Report on sanitation, dispensaries, and jails in Rajputana for 1918, and on vaccination for the year 1918-1919 - 1918-1919
Year: 1918
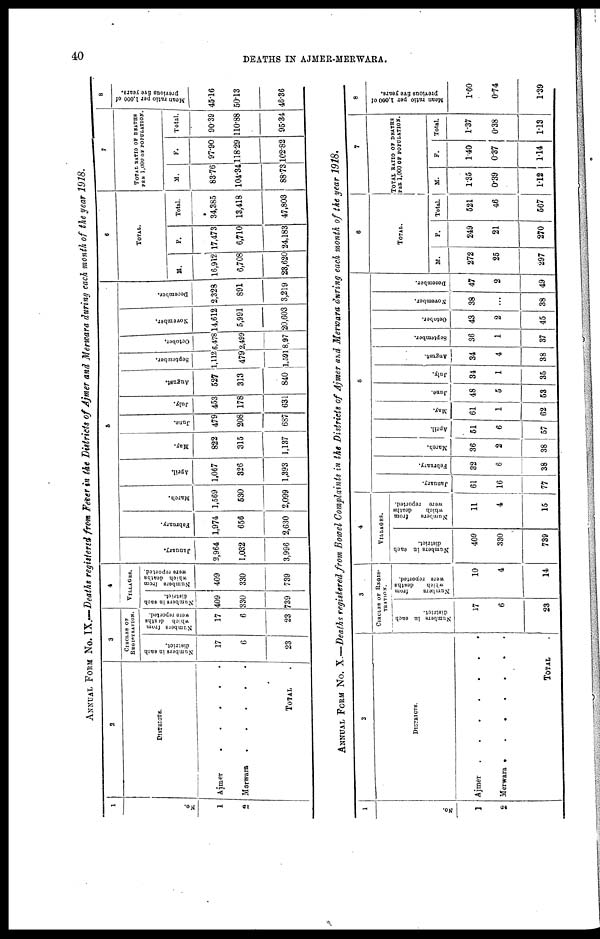
40
DEATHS IN AJMER-MERWARA.
ANNUAL FORM No. IX.—Deaths registered from Fever in the Districts of Ajmer and Merwara during each month of the year 1918.
1
No.
1
2
2
DISTRICTS.
Aimer
.
.
.
.
.
Merwara
. . . . .
TOTAL
3
CIRCLES OF
REGISTRATION.
Numbers in each
district.
17
6
23
Numbers from
which deaths
were reported.
17
6
23
4
VILLAGES.
Numbers in each
district.
409
330
739
Numbers from
which deaths
were reported.
409
330
739
5
January.
2,964
1,032
3,996
February.
1,974
656
2,630
March.
1,569
530
2,099
April.
1,067
326
1,393
May.
822
315
1,137
June.
479
208
687
July.
453
178
631
August.
527
313
840
September.
1,112
479
1,591
October.
6,478
2,499
8,97
November.
14,612
5,991
20,603
December.
2,328
891
3,219
6
TOTAL.
M.
16,912
6,708
23,620
F.
17,473
6,710
24,183
Total.
34,385
13,418
47,803
7
TOTAL RATIO OF DEATHS
PER 1,000 OF POPULATION.
M.
83.76
104.34
88.73
F.
97.90
118.29
102.82
Total.
90.39
110.88
95.34
8
Mean ratio per 1,000 of
previous five years.
45.16
50.13
46.36
ANNUAL FORM No. X.—Deaths registered from Bowel Complaints in the Districts of Ajmer and Merwara during each month of the year 1918.
1
No.
1
2
2
DISTRICTS.
Ajmer
.
. . . . . .
Merwara .
.
.
.
.
.
.
TOTAL .
3
CIRCLES OF REGIS¬
TRATION.
Numbers in each
district.
17
6
23
Numbers
from
which
deaths
were reported.
10
4
14
4
VILLAGES.
Numbers in each
district.
409
330
739
Numbers
from
which
deaths
were reported.
11
4
15
5
January.
61
16
77
February.
32
6
38
March.
36
2
38
April.
51
6
57
May.
61
1
62
June.
48
5
53
July.
34
1
35
August.
34
4
38
September.
36
1
37
October.
43
2
45
November.
38
...
38
December.
47
2
49
6
TOTAL.
M.
272
25
297
F.
249
21
270
Total.
521
46
567
7
TOTAL RATIO OF DEATHS
PER 1,000 OF POPULATION.
M.
1.35
0.39
1.12
F.
1.40
0.37
1.14
Total.
1.37
0.38
1.13
8
Mean ratio per 1,000 of
previous five years.
1.60
0.74
1.39